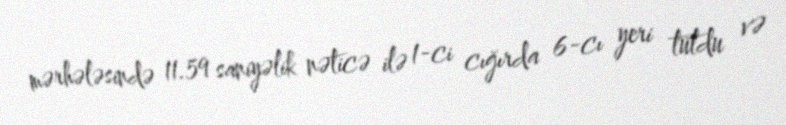
mərhələsində 11.59 saniyəlik nəticə ilə 1-ci cığırda 6-cı yeri tutdu və